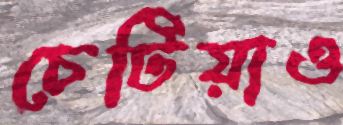
চেটিয়াও